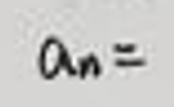
$a_{n} =$